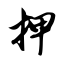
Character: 押